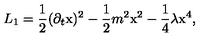
L _ { 1 } = \frac { 1 } { 2 } ( \partial _ { t } \mathrm { x } ) ^ { 2 } - \frac { 1 } { 2 } m ^ { 2 } \mathrm { x } ^ { 2 } - \frac { 1 } { 4 } \lambda \mathrm { x } ^ { 4 } ,